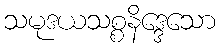
သမုဒယသစ္စနိဒ္ဒေသော